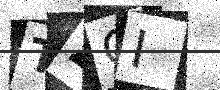
Text: TZCI